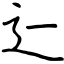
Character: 辷